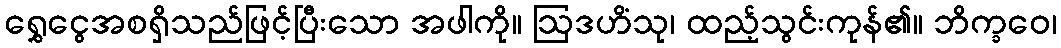
ရွှေငွေအစရှိသည်ဖြင့်ပြီးသော အဖါကို။ ဩဒဟိံသု၊ ထည့်သွင်းကုန်၏။ ဘိက္ခဝေ၊